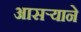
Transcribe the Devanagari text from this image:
आसर्‍याने